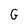
Character: G